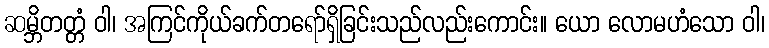
ဆမ္ဘိတတ္တံ ဝါ၊ အကြင်ကိုယ်ခက်တရော်ရှိခြင်းသည်လည်းကောင်း။ ယော လောမဟံသော ဝါ၊